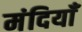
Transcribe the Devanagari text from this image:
मंदियाँ